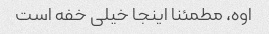
اوه، مطمئنا اینجا خیلی خفه است